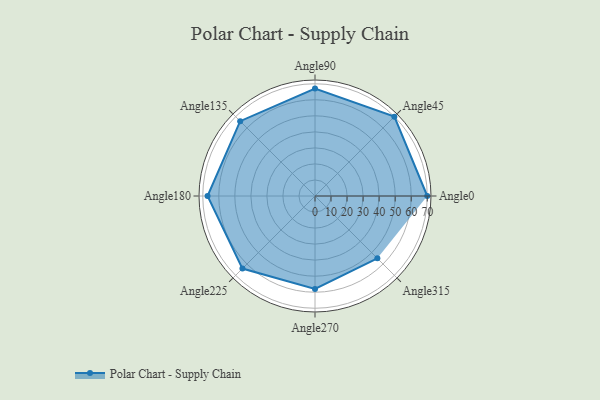
{"axis": {"x": "Angle", "y": "Radius"}, "legend": [""], "data": [{"x": "Angle0", "y": 70.0, "type": ""}, {"x": "Angle45", "y": 70.0, "type": ""}, {"x": "Angle90", "y": 67.0, "type": ""}, {"x": "Angle135", "y": 66.0, "type": ""}, {"x": "Angle180", "y": 67.0, "type": ""}, {"x": "Angle225", "y": 64.0, "type": ""}, {"x": "Angle270", "y": 58.0, "type": ""}, {"x": "Angle315", "y": 55.0, "type": ""}]}